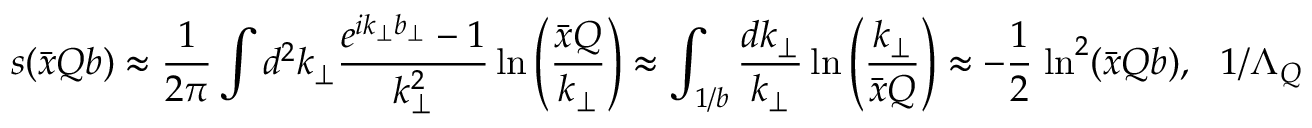
s ( \bar { x } Q b ) \approx \frac { 1 } { 2 \pi } \int d ^ { 2 } k _ { \perp } { \frac { e ^ { i k _ { \perp } b _ { \perp } } - 1 } { k _ { \perp } ^ { 2 } } } \, \mathrm { l n } \left( { \frac { \bar { x } Q } { k _ { \perp } } } \right) \approx \int _ { 1 / b } ^ { } { \frac { d k _ { \perp } } { k _ { \perp } } } \, \mathrm { l n } \left( { \frac { k _ { \perp } } { \bar { x } Q } } \right) \approx - \frac 1 { 2 } \; \mathrm { l n } ^ { 2 } ( \bar { x } Q b ) , \ \ \ 1 / \Lambda _ { Q C D } \gg b \gg 1 / Q .